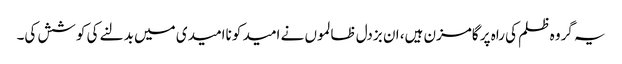
یہ گروہ ظلم کی راہ پر گامزن ہیں، ان بزدل ظالموں نے امید کو ناامیدی میں بدلنے کی کوشش کی۔